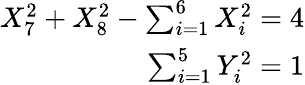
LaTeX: \begin{array}{r}{{X_{7}^{2}+X_{8}^{2}-\sum_{i=1}^{6}X_{i}^{2}=4}}\\ {{\sum_{i=1}^{5}Y_{i}^{2}=1}}\end{array}